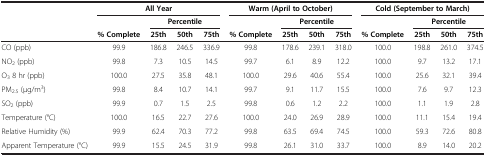
<table><thead><tr><td rowspan="3"><b> </b></td><td colspan="4"><b>All Year</b></td><td colspan="4"><b>Warm (April to October)</b></td><td colspan="4"><b>Cold (September to March)</b></td></tr><tr><td><b> </b></td><td colspan="3"><b>Percentile</b></td><td><b> </b></td><td colspan="3"><b>Percentile</b></td><td><b> </b></td><td colspan="3"><b>Percentile</b></td></tr><tr><td><b>% Complete</b></td><td><b>25th</b></td><td><b>50th</b></td><td><b>75th</b></td><td><b>% Complete</b></td><td><b>25th</b></td><td><b>50th</b></td><td><b>75th</b></td><td><b>% Complete</b></td><td><b>25th</b></td><td><b>50th</b></td><td><b>75th</b></td></tr></thead><tbody><tr><td>CO (ppb)</td><td>99.9</td><td>186.8</td><td>246.5</td><td>336.9</td><td>99.8</td><td>178.6</td><td>239.1</td><td>318.0</td><td>100.0</td><td>198.8</td><td>261.0</td><td>374.5</td></tr><tr><td>NO<sub>2</sub> (ppb)</td><td>99.8</td><td>7.3</td><td>10.5</td><td>14.5</td><td>99.7</td><td>6.1</td><td>8.9</td><td>12.2</td><td>100.0</td><td>9.7</td><td>13.2</td><td>17.1</td></tr><tr><td>O<sub>3</sub> 8 hr (ppb)</td><td>100.0</td><td>27.5</td><td>35.8</td><td>48.1</td><td>100.0</td><td>29.6</td><td>40.6</td><td>55.4</td><td>100.0</td><td>25.6</td><td>32.1</td><td>39.4</td></tr><tr><td>PM<sub>2.5</sub> (μg/m<sup>3</sup>)</td><td>99.8</td><td>8.4</td><td>10.7</td><td>14.1</td><td>99.7</td><td>9.1</td><td>11.7</td><td>15.5</td><td>100.0</td><td>7.6</td><td>9.7</td><td>12.3</td></tr><tr><td>SO<sub>2</sub> (ppb)</td><td>99.9</td><td>0.7</td><td>1.5</td><td>2.5</td><td>99.8</td><td>0.6</td><td>1.2</td><td>2.2</td><td>100.0</td><td>1.1</td><td>1.9</td><td>2.8</td></tr><tr><td>Temperature (°C)</td><td>100.0</td><td>16.5</td><td>22.7</td><td>27.6</td><td>100.0</td><td>24.0</td><td>26.9</td><td>28.9</td><td>100.0</td><td>11.1</td><td>15.4</td><td>19.4</td></tr><tr><td>Relative Humidity (%)</td><td>99.9</td><td>62.4</td><td>70.3</td><td>77.2</td><td>99.8</td><td>63.5</td><td>69.4</td><td>74.5</td><td>100.0</td><td>59.3</td><td>72.6</td><td>80.8</td></tr><tr><td>Apparent Temperature (°C)</td><td>99.9</td><td>15.5</td><td>24.5</td><td>31.9</td><td>99.8</td><td>26.1</td><td>31.0</td><td>33.7</td><td>100.0</td><td>8.9</td><td>14.0</td><td>20.2</td></tr></tbody></table>